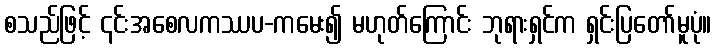
စသည်ဖြင့် ၎င်းအစေလကဿပ-ကမေး၍ မဟုတ်ကြောင်း ဘုရားရှင်က ရှင်းပြတော်မူပုံ။